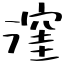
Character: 漥